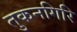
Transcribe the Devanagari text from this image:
तुकनगिरि